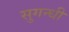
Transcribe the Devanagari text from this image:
सुगन्धी